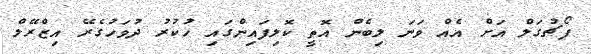
ޕޯޗުގަލް އަށް އެއް ވަނަ ލިބެން އޮތީ ކޮލިފައިންގައި ހުކުރު ދުވަހުގެރޭ އިޒްރޭލް